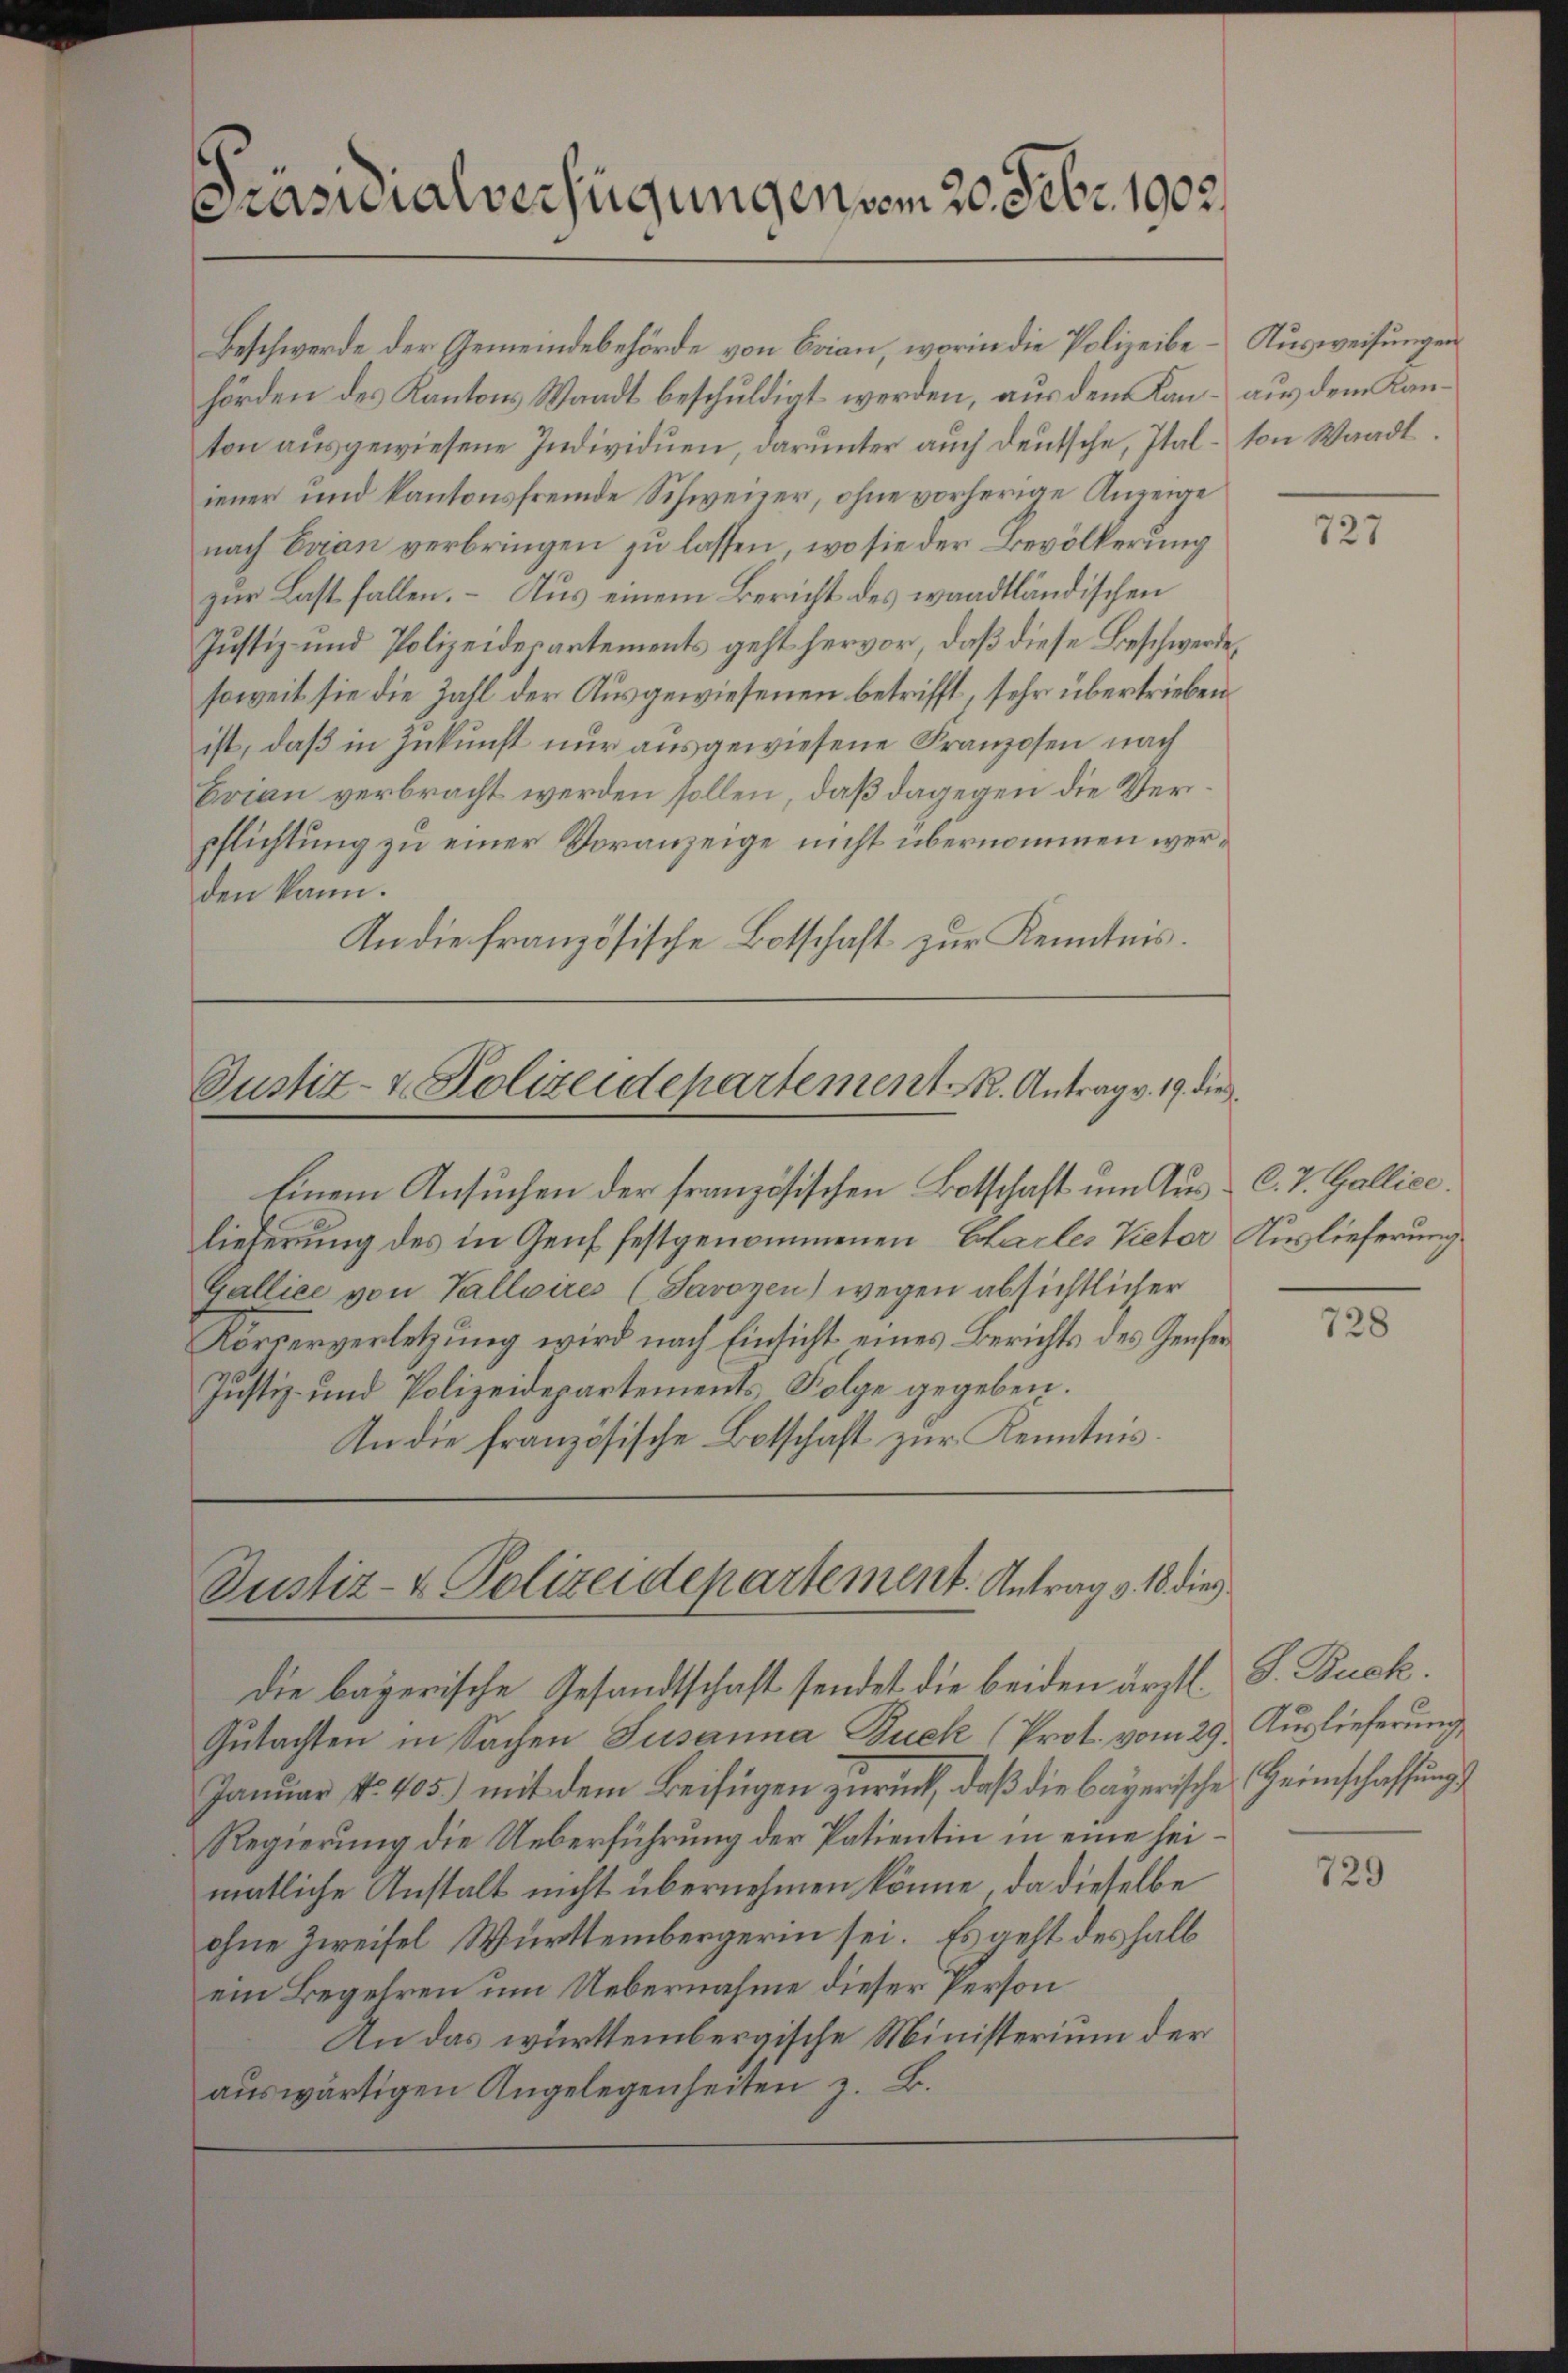
Präsuialverfügungen vom 20. Febr. 1903.

Beschwerde der Gemeindebehörde von Evian, worin die Polizeibe-Ausweisungen
hörden des Kantons Waadt beschuldigt werden, aus dem Kan- aus dem Kanton ausgewiesene Individuen, darunter auch deutsche, Ital- von Waadt.
iener und kantonsfremde Schweizer, ohne vorherige Anzeige
nach Evian verbringen zu lassen, wo sie der Bevölkerung
zur Last fallen. – Aus einem Bericht des waadtländischen
Justiz- und Polizeidepartements geht hervor, daß diese Beschwerde,
soweit sie die Zahl der Ausgewiesenen betrifft, sehr übertrieben
ist, daß in Zukunft nur ausgewiesene Franzosen nach
Brian verbracht werden sollen, daß dagegen die Verpflichtung zu einer Voranzeige nicht übernommen werden kann.
An die französische Botschaft zur Kenntnis.

Justiz- & Polizeidepartement. Antrag v. 19. die

linem Ansuchen der französischen Botschaft um Aus- C. R. Gallice
lieferung des in Genf festgenommenen Charles Victor Auslieferung
Gallice von Valloires (Savoyen) wegen absichtlicher
Körperverletzung wird nach Einsicht eines Berichts des Genfer¬
Justiz- und Polizeidepartements, Folge gegeben.
In die französische Botschaft zur Kenntnis.

Justiz- & Polizeidepartement. Antrag v. 18 die

die bayerische Gesandtschaft sendet die beiden ärztl. S. Buck.
Gutachten in Sachen Susanna Zuek (Prot. vom 29. Auslieferung
Januar No. 405.) mit dem Beifügen zurück, daβ die bayerische Heimschaffung
Regierung die Ueberführung der Patientin in eine seimatliche Anstalt nicht übernehmen könne, da dieselbe
ohne Zweifel Württembergerin sei. Es geht deshalb
ein Begehren um Uebernahme dieser Person
An das württembergische Ministerium der
auswärtigen Angelegenheiten z. B.

727

728

729